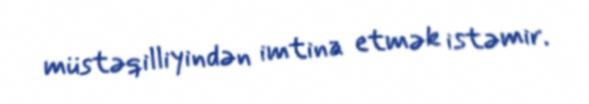
müstəqilliyindən imtina etmək istəmir.